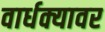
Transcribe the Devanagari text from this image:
वार्धक्यावर